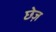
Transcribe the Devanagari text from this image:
छेज़